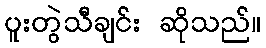
ပူးတွဲသီချင်း ဆိုသည်။